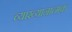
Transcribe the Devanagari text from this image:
व्याख्यानात्मक